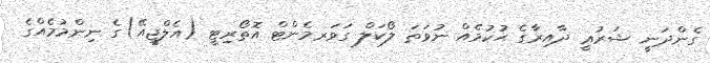
ގެންދަނީ ޝަރުޢީ ދާއިރާގެ ޙުކުމެއް ނުވަތަ ލޯކަލް ގަވަރމެންޓް އޮތޯރިޓީ (އެލްޖީއޭ)ގެ ނިންމުމެއްގެ